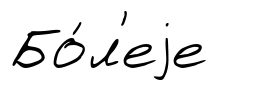
Бо́л'еjе